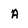
Character: A